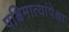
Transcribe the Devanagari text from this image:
पश्चिमात्यांपेक्षा